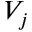
V _ { j }